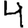
Digit: 4